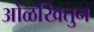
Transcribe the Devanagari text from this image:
ओळखितुन